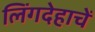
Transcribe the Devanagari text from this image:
लिंगदेहाचें